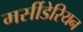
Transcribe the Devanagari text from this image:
मर्सीडेरियन